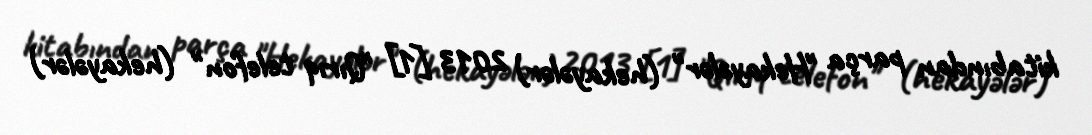
kitabından parça "Hekayələr" (hekayələr) 2013 [1] "Qırıq telefon" (hekayələr)